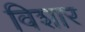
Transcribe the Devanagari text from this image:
विशार